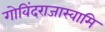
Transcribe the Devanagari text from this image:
गोविंदराजास्वामि